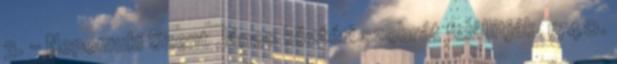
3. – Nepomuki Szent János köztéri szobrát felállítják. 1740.